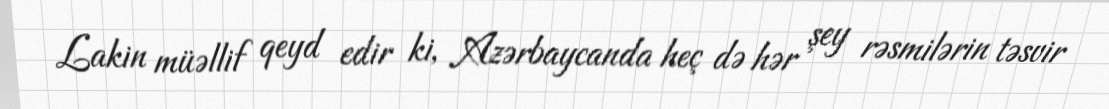
Lakin müəllif qeyd edir ki, Azərbaycanda heç də hər şey rəsmilərin təsvir